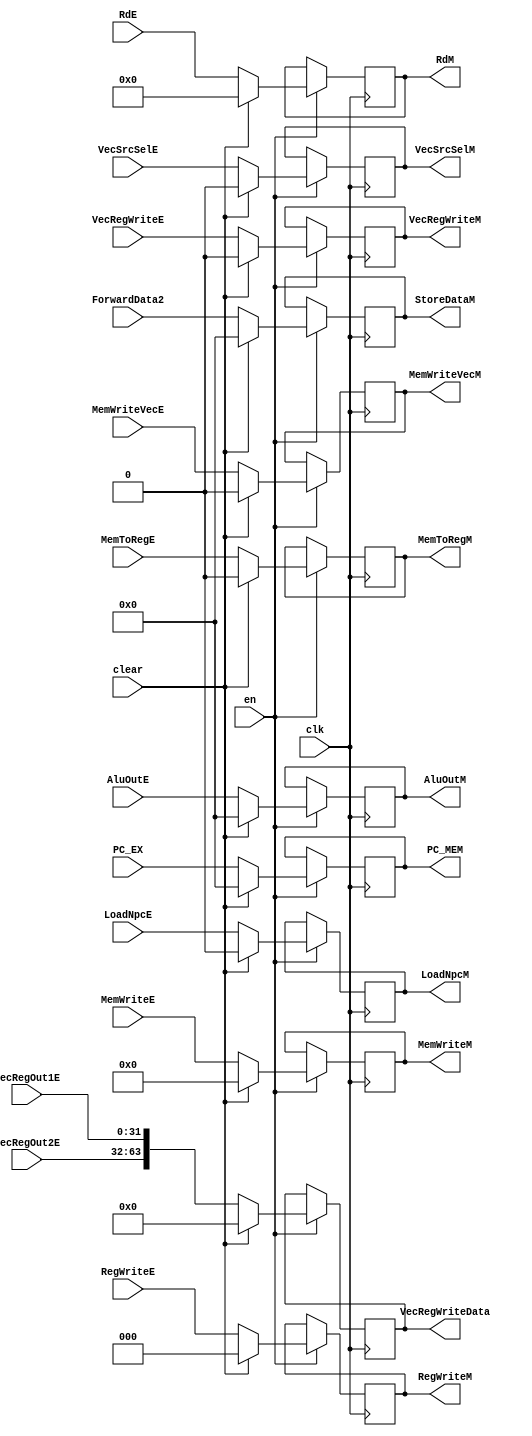
module EXMEMreg (
    input clk,
    input en,
    input clear,
    input [31:0] PC_EX,
    input [31:0] AluOutE,
    input [31:0] ForwardData2,
    input [31:0] VecRegOut1E,
    input [31:0] VecRegOut2E,
    input [4:0] RdE,
    input [2:0] RegWriteE,
    input MemToRegE,
    input [3:0] MemWriteE,
    input LoadNpcE,
    input VecSrcSelE,
    input VecRegWriteE,
    input MemWriteVecE,

    output reg [31:0] PC_MEM,
    output reg [31:0] AluOutM,
    output reg [31:0] StoreDataM,
    output reg [4:0] RdM,
    output reg [2:0] RegWriteM,
    output reg MemToRegM,
    output reg [3:0] MemWriteM,
    output reg [63:0] VecRegWriteData,
    output reg LoadNpcM,
    output reg VecSrcSelM,
    output reg VecRegWriteM,
    output reg MemWriteVecM
);

    always @(posedge clk) begin
        if (en) begin
            AluOutM <= clear ? 32'b0 : AluOutE;
            StoreDataM <= clear ? 32'b0 : ForwardData2;
            RdM <= clear ? 5'h0 : RdE;
            PC_MEM <= clear ? 32'b0 : PC_EX;
            RegWriteM <= clear ? 3'b0 : RegWriteE;
            MemToRegM <= clear ? 1'b0 : MemToRegE;
            MemWriteM <= clear ? 4'b0 : MemWriteE;
            LoadNpcM <= clear ? 1'b0 : LoadNpcE;
            VecRegWriteData <= clear ? 64'b0 : {VecRegOut2E, VecRegOut1E};
            VecSrcSelM <= clear ? 64'b0 : VecSrcSelE;
            VecRegWriteM <= clear ? 64'b0 : VecRegWriteE;
            MemWriteVecM <= clear ? 1'b0 : MemWriteVecE;
        end 
        else begin
            AluOutM <= AluOutM;
            StoreDataM <= StoreDataM;
            RdM <= RdM;
            PC_MEM <= PC_MEM;
            RegWriteM <= RegWriteM;
            MemToRegM <= MemToRegM;
            MemWriteM <= MemWriteM;
            LoadNpcM <= LoadNpcM;
            VecRegWriteData <= VecRegWriteData;
            VecSrcSelM <= VecSrcSelM;
            VecRegWriteM <= VecRegWriteM;
            MemWriteVecM <= MemWriteVecM;
        end
    end

endmodule